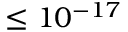
\leq 1 0 ^ { - 1 7 }